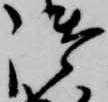
御